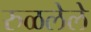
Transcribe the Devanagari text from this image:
रुळलेले